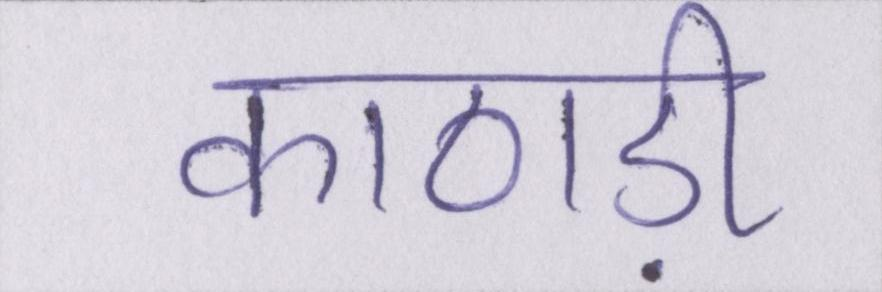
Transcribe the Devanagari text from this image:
काठाड़ी